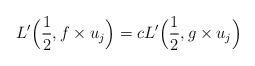
LaTeX: \begin{align*}L'\Bigl( \frac{1}{2}, f \times u_j \Bigr) = c L'\Bigl( \frac{1}{2}, g \times u_j \Bigr)\end{align*}